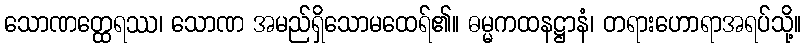
သောဏတ္ထေရဿ၊ သောဏ အမည်ရှိသောမထေရ်၏။ ဓမ္မကထနဋ္ဌာနံ၊ တရားဟောရာအရပ်သို့။